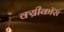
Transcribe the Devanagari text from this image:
क्य्रीकॉस